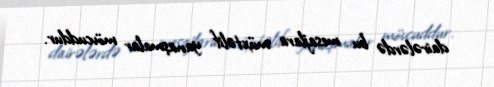
dairələrdə bu mesajlara müxtəlif yanaşmalar mövcuddur.